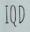
IQD